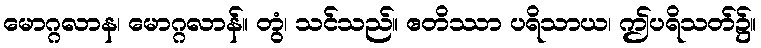
မောဂ္ဂလာန၊ မောဂ္ဂလာန်။ တွံ၊ သင်သည်။ ဧတိဿာ ပရိသာယ၊ ဤပရိသတ်၌။